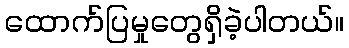
ထောက်ပြမှုတွေရှိခဲ့ပါတယ်။